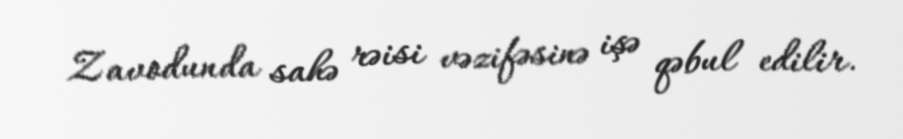
Zavodunda sahə rəisi vəzifəsinə işə qəbul edilir.